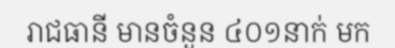
រាជធានី មានចំនួន ៤០១នាក់ មក